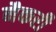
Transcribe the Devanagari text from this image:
नैकरी